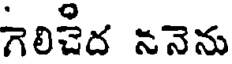
గెలిచెద ననెను